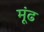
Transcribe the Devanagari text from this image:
मूंढ